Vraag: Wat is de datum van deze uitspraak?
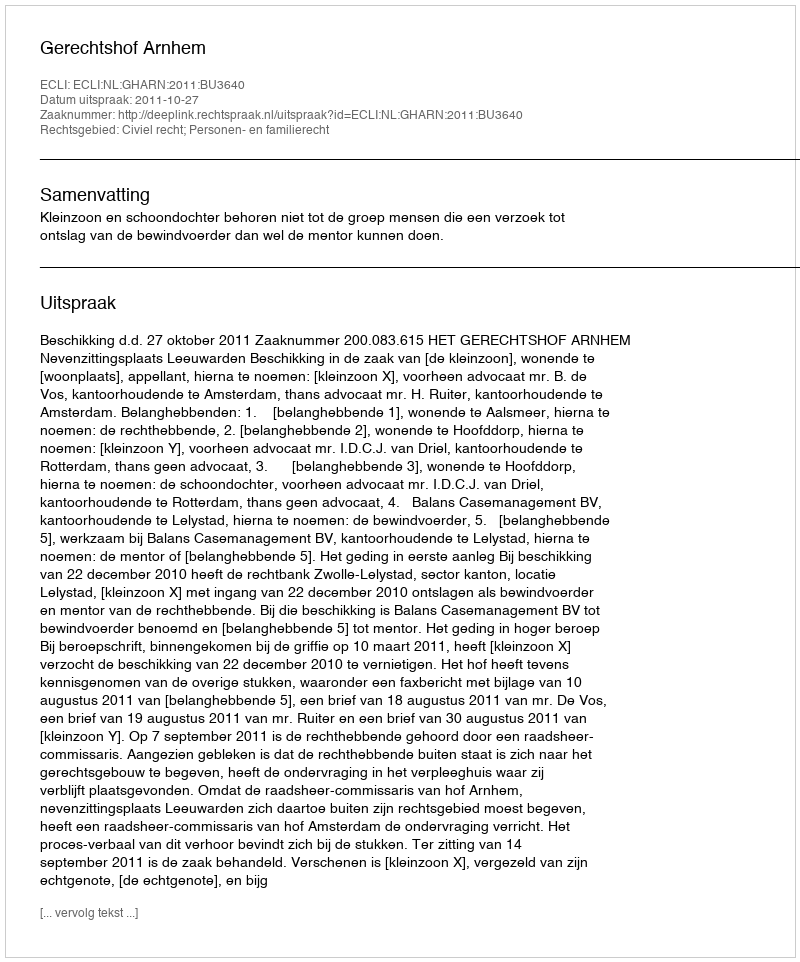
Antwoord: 2011-10-27